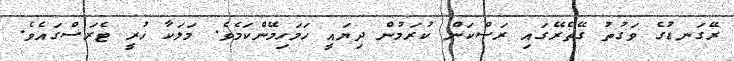
ރޭގަނޑުގެ ވަގުތު ގޭތެރޭގައި ރަސްކަން ކުރަމުން ދިޔައީ ހަމަހިމޭންކަމެވެ. މަލަކާ ހުރީ ޓެރަސްގައެވެ.